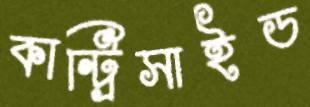
কান্ট্রিসাইড